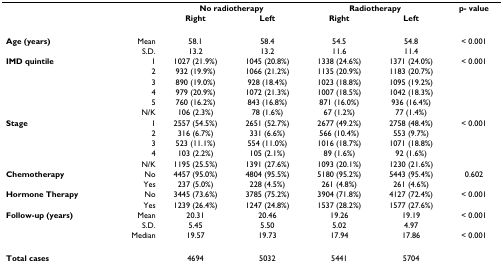
<table><thead><tr><td></td><td></td><td colspan="2"><b>No radiotherapy</b></td><td colspan="2"><b>Radiotherapy</b></td><td><b>p- value</b></td></tr><tr><td></td><td></td><td><b>Right</b></td><td><b>Left</b></td><td><b>Right</b></td><td><b>Left</b></td><td></td></tr></thead><tbody><tr><td><b>Age (years)</b></td><td>Mean</td><td>58.1</td><td>58.4</td><td>54.5</td><td>54.8</td><td>&lt; 0.001</td></tr><tr><td></td><td>S.D.</td><td>13.2</td><td>13.2</td><td>11.6</td><td>11.4</td><td></td></tr><tr><td><b>IMD quintile</b></td><td>1</td><td>1027 (21.9%)</td><td>1045 (20.8%)</td><td>1338 (24.6%)</td><td>1371 (24.0%)</td><td>&lt; 0.001</td></tr><tr><td></td><td>2</td><td>932 (19.9%)</td><td>1066 (21.2%)</td><td>1135 (20.9%)</td><td>1183 (20.7%)</td><td></td></tr><tr><td></td><td>3</td><td>890 (19.0%)</td><td>928 (18.4%)</td><td>1023 (18.8%)</td><td>1095 (19.2%)</td><td></td></tr><tr><td></td><td>4</td><td>979 (20.9%)</td><td>1072 (21.3%)</td><td>1007 (18.5%)</td><td>1042 (18.3%)</td><td></td></tr><tr><td></td><td>5</td><td>760 (16.2%)</td><td>843 (16.8%)</td><td>871 (16.0%)</td><td>936 (16.4%)</td><td></td></tr><tr><td></td><td>N/K</td><td>106 (2.3%)</td><td>78 (1.6%)</td><td>67 (1.2%)</td><td>77 (1.4%)</td><td></td></tr><tr><td><b>Stage</b></td><td>1</td><td>2557 (54.5%)</td><td>2651 (52.7%)</td><td>2677 (49.2%)</td><td>2758 (48.4%)</td><td>&lt; 0.001</td></tr><tr><td></td><td>2</td><td>316 (6.7%)</td><td>331 (6.6%)</td><td>566 (10.4%)</td><td>553 (9.7%)</td><td></td></tr><tr><td></td><td>3</td><td>523 (11.1%)</td><td>554 (11.0%)</td><td>1016 (18.7%)</td><td>1071 (18.8%)</td><td></td></tr><tr><td></td><td>4</td><td>103 (2.2%)</td><td>105 (2.1%)</td><td>89 (1.6%)</td><td>92 (1.6%)</td><td></td></tr><tr><td></td><td>N/K</td><td>1195 (25.5%)</td><td>1391 (27.6%)</td><td>1093 (20.1%)</td><td>1230 (21.6%)</td><td></td></tr><tr><td><b>Chemotherapy</b></td><td>No</td><td>4457 (95.0%)</td><td>4804 (95.5%)</td><td>5180 (95.2%)</td><td>5443 (95.4%)</td><td>0.602</td></tr><tr><td></td><td>Yes</td><td>237 (5.0%)</td><td>228 (4.5%)</td><td>261 (4.8%)</td><td>261 (4.6%)</td><td></td></tr><tr><td><b>Hormone Therapy</b></td><td>No</td><td>3445 (73.6%)</td><td>3785 (75.2%)</td><td>3904 (71.8%)</td><td>4127 (72.4%)</td><td>&lt; 0.001</td></tr><tr><td></td><td>Yes</td><td>1239 (26.4%)</td><td>1247 (24.8%)</td><td>1537 (28.2%)</td><td>1577 (27.6%)</td><td></td></tr><tr><td><b>Follow-up (years)</b></td><td>Mean</td><td>20.31</td><td>20.46</td><td>19.26</td><td>19.19</td><td>&lt; 0.001</td></tr><tr><td></td><td>S.D.</td><td>5.45</td><td>5.50</td><td>5.02</td><td>4.97</td><td></td></tr><tr><td></td><td>Median</td><td>19.57</td><td>19.73</td><td>17.94</td><td>17.86</td><td>&lt; 0.001</td></tr><tr><td><b>Total cases</b></td><td></td><td>4694</td><td>5032</td><td>5441</td><td>5704</td><td></td></tr></tbody></table>